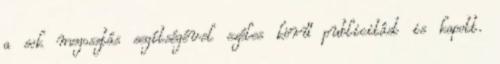
a sok megosztás segítségével széles körű publicitást is kapott.